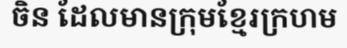
ចិន ដែលមានក្រុមខ្មែរក្រហម